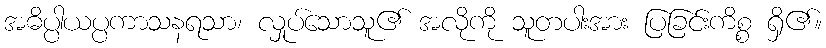
အဓိပ္ပါယပ္ပကာသနရသာ၊ လှုပ်သောသူ၏ အလိုကို သူတပါးအား ပြခြင်းကိစ္စ ရှိ၏။